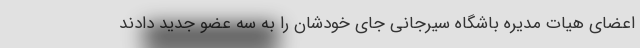
اعضای هیات مدیره باشگاه سیرجانی جای خودشان را به سه عضو جدید دادند